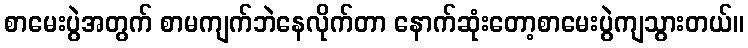
စာမေးပွဲအတွက် စာမကျက်ဘဲနေလိုက်တာ နောက်ဆုံးတော့စာမေးပွဲကျသွားတယ်။